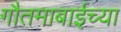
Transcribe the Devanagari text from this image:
गौतमाबाईच्या